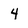
Character: 4